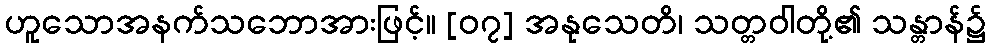
ဟူသောအနက်သဘောအားဖြင့်။ [၀၇] အနုသေတိ၊ သတ္တဝါတို့၏ သန္တာန်၌